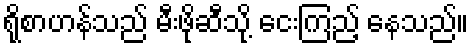
ရိုစာဟန်သည် မီးဖိုဆီသို့ ငေးကြည့် နေသည်။